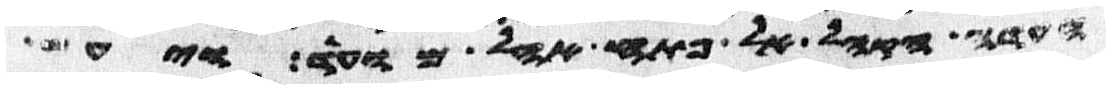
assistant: העדה הקהל אל פתח אהל מועד ויעש